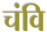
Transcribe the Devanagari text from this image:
चंवि